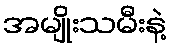
အမျိုးသမီးနဲ့